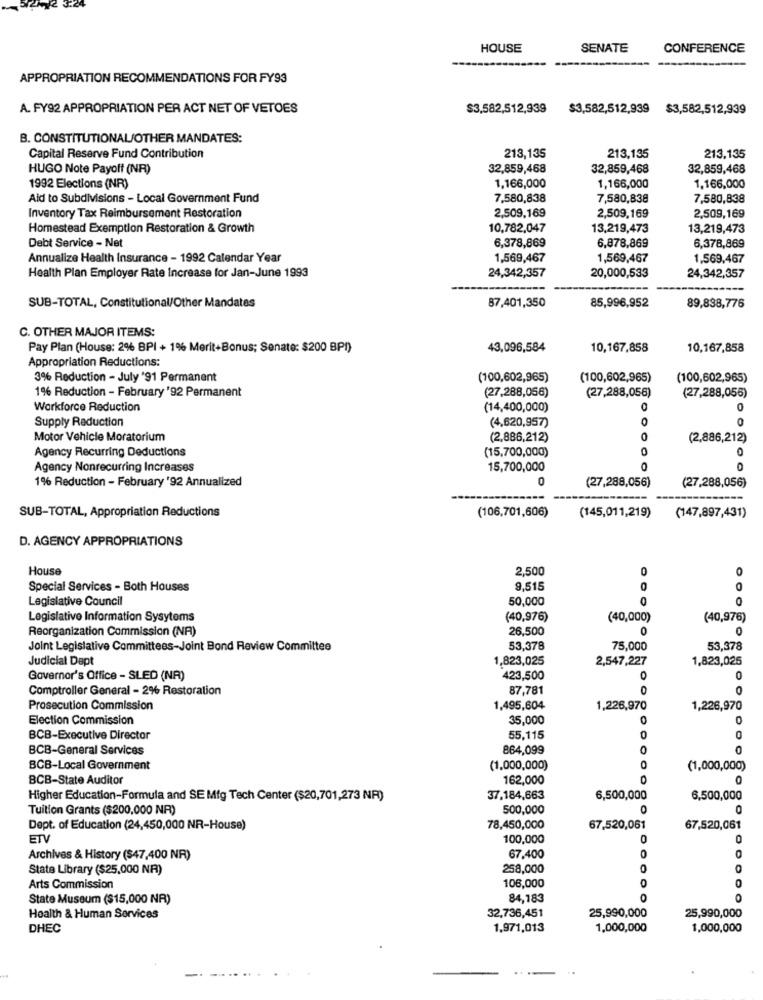
HOUSE
SENATE
CONFERENCE
APPROPRIATION RECOMMENDATIONS FOR FY93
A. FY92 APPROPRIATION PER ACT NET OF VETOES
$3,582,512,939
$3,582,512,939
$3,582,512,939
B. CONSTITUTIONAL/OTHER MANDATES:
Capital Reserve Fund Contribution
213,135
213,135
213,135
HUGO Note Payoff (NR)
32,859,468
32,859,468
32,859,468
1992 Elections (NR)
1,166,000
1,166,000
1,166,000
Aid to Subdivisions - Local Government Fund
7,580,838
7,580,838
7,580,838
Inventory Tax Reimbursement Restoration
2,509,169
2,509,169
2,509,169
Homestead Exemption Restoration & Growth
10,782,047
13,219,473
13,219,473
6,378,869
6,878,869
6,378,869
Debt Service - Net
Annualize Health Insurance - 1992 Calendar Year
1,569,467
1,569,467
1,569,467
Health Plan Employer Rate Increase for Jan-June 1993
24,342,357
20,000,533
24,342,357
SUB-TOTAL, Constitutional/Other Mandates
87,401,350
85,996,952
89,838,776
C. OTHER MAJOR ITEMS:
Pay Plan (House: 2% BPI + 1% Merit+Bonus; Senate: $200 BPI)
43,096,584
10,167,858
10,167,858
Appropriation Reductions:
3% Reduction - July '91 Permanent
(100,602,965)
(100,602,965)
(100,602,965)
1% Reduction - February '92 Permanent
(27,288,056)
(27,288,056)
(27,288,056)
Workforce Reduction
(14,400,000)
0
Supply Reduction
(4,620,957)
0
Motor Vehicle Moratorium
(2,886,212)
(2,886,212)
Agency Recurring Deductions
0
(15,700,000)
Agency Nonrecurring Increases
15,700,000
1% Reduction - February '92 Annualized
(27,288,056)
(27,288,056)
SUB-TOTAL, Appropriation Reductions
(106,701,606)
(145,011,219)
(147,897,431)
D. AGENCY APPROPRIATIONS
House
2,500
0
0
Special Services - Both Houses
9.515
0
Legislative Council
50,000
0
0
Legislative Information Sysytems
(40,976)
(40,000)
(40,976)
Reorganization Commission (NR)
26,500
0
0
Joint Legislative Committees-Joint Bond Review Committee
53,378
75,000
53,378
Judicial Dept
1,823,025
2,547,227
1,823,025
Governor's Office - SLED (NA)
423,500
0
0
Comptroller General - 2% Restoration
87,781
0
0
Prosecution Commission
1,495,604
1,226,970
1,226,970
Election Commission
35,000
0
BCB-Executive Director
55,115
BCB-General Services
864,099
0
BCB-Local Government
(1,000,000)
(1,000,000)
BCB-State Auditor
162,000
Higher Education-Formula and SE Mfg Tech Center ($20,701,273 NR)
37,184,663
6,500,000
6,500,000
Tuition Grants ($200,000 NR)
500,000
Dept. of Education (24,450,000 NR-House)
78,450,000
67,520,061
67,520,061
ETV
100,000
Archives & History ($47,400 NR)
67,400
0
State Library ($25,000 NR)
258,000
0
0
Arts Commission
106,000
State Museum ($15,000 NR)
84,183
Health & Human Services
32,736,451
25,990,000
25,990,000
DHEC
1,971,013
1,000,000
1,000,000